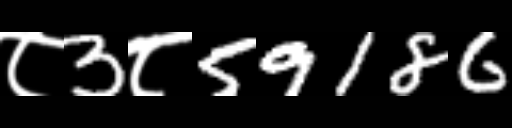
Text: ८3८59186